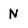
Character: N